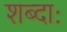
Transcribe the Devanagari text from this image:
शब्दाः